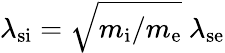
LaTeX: \lambda_{\mathrm{si}}=\sqrt{m_{\mathrm{i}}/m_{\mathrm{e}}}~\lambda_{\mathrm{se}}